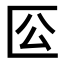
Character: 𠤰